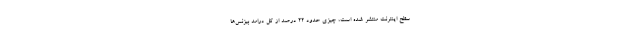
سطح اینترنت منتشر شده است، چیزی حدود 22 درصد از کل درامد بیزنس‌ها